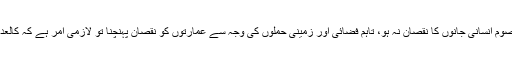
آپریشن کے نتیجے میں ان علاقوں کے مکینوں کو نقل مکانی کے لئے کہا گیا تاکہ معصوم انسانی جانوں کا نقصان نہ ہو، تاہم فضائی اور زمینی حملوں کی وجہ سے عمارتوں کو نقصان پہنچنا تو لازمی امر ہے کہ کالعدم تحریک والوں نے اپنا کمانڈ اور کنٹرول سنٹر بھی شہری آبادی کے اندر بنا رکھا تھا۔